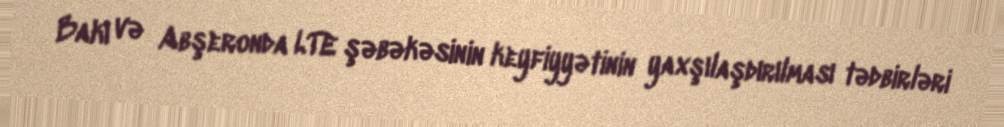
Bakı və Abşeronda LTE şəbəkəsinin keyfiyyətinin yaxşılaşdırılması tədbirləri